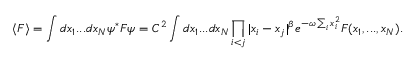
\langle F \rangle = \int d x _ { 1 } . . . d x _ { N } \psi ^ { * } F \psi = C ^ { 2 } \int d x _ { 1 } . . . d x _ { N } \prod _ { i < j } | x _ { i } - x _ { j } | ^ { \beta } e ^ { - \omega \sum _ { i } x _ { i } ^ { 2 } } F ( x _ { 1 } , . . . , x _ { N } ) .